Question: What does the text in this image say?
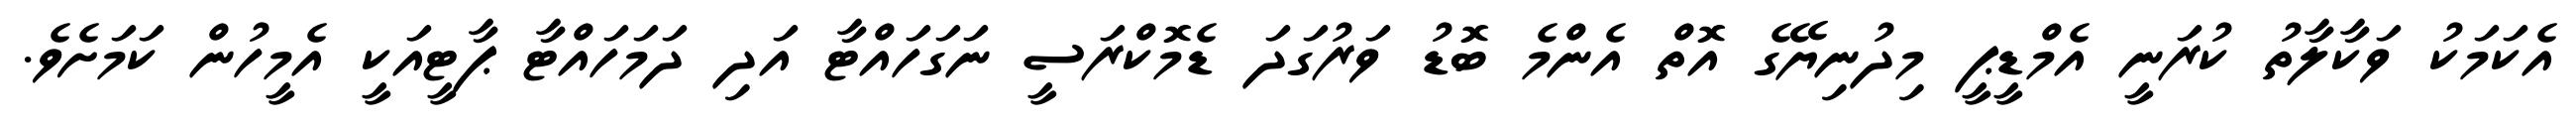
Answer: އެކަމަކު ވަކާލާތު ކުރަނީ އެމްޑީޕީ މިދުނިޔޭގެ އޮތް އެންމެ ބޮޑު ވަރުގަދަ ޑެމޮކްރަސީ ނަގަހައްޓާ އަދި ދަމަހައްޓާ ޕާޓީއަކީ އެމީހުން ކަމަށެވެ.